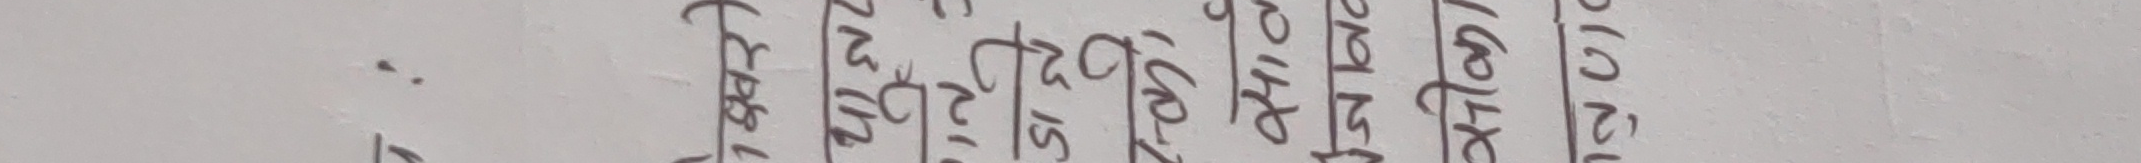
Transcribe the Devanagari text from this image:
प्रश्न २१
प्रश्न २०
प्रश्न ११
प्रश्न १५
प्रश्न १८